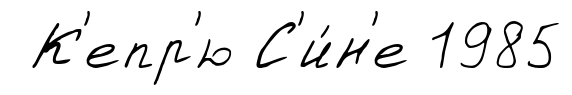
К'епр'ю С'и́н'е 1985